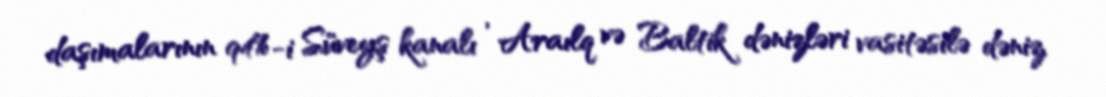
daşımalarının 94%-i Süveyş kanalı , Araılq və Baltik dənizləri vasitəsilə dəniz